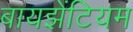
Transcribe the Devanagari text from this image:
बायझेंटियम